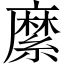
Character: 縻